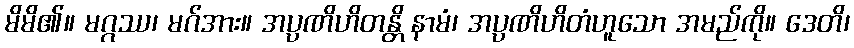
မိမိ၏။ မဂ္ဂဿ၊ မဂ်အား။ အပ္ပဏိဟိတန္တိ နာမံ၊ အပ္ပဏိဟိတံဟူသော အမည်ကို။ ဒေတိ၊